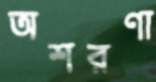
অশরণা